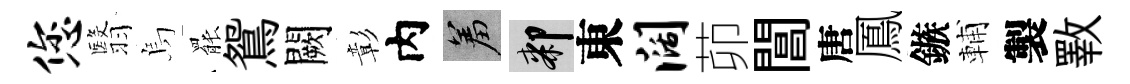
您翳烏罷鴛闕彰内羞膝東阔茆閶唐鳳鏃輔製斁